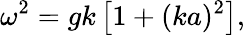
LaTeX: \omega^{2}=gk\left[1+(ka)^{2}\right],